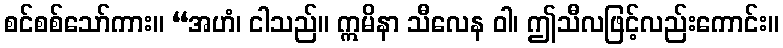
စင်စစ်သော်ကား။ “အဟံ၊ ငါသည်။ ဣမိနာ သီလေန ဝါ၊ ဤသီလဖြင့်လည်းကောင်း။